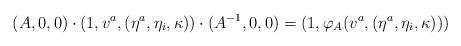
LaTeX: \begin{align*} (A,0,0)\cdot (1,v^a,(\eta^a,\eta_i,\kappa))\cdot(A^{-1},0,0)=(1,\varphi_A(v^a,(\eta^a,\eta_i,\kappa))) \end{align*}